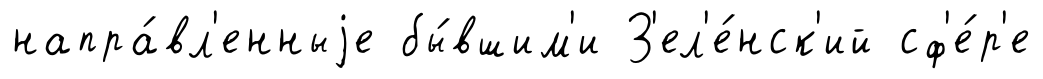
напра́вл'енныjе бы́вшим'и З'ел'е́нск'ий сф'е́р'е